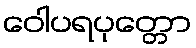
ဝေါပရပုတ္တော